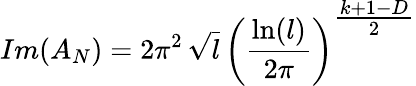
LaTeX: Im(A_{N})=2\pi^{2}\, \sqrt{l}\, \left(\frac{\ln(l)}{2\pi}\right)^{{\textstyle\frac{k+1-D}{2}}}